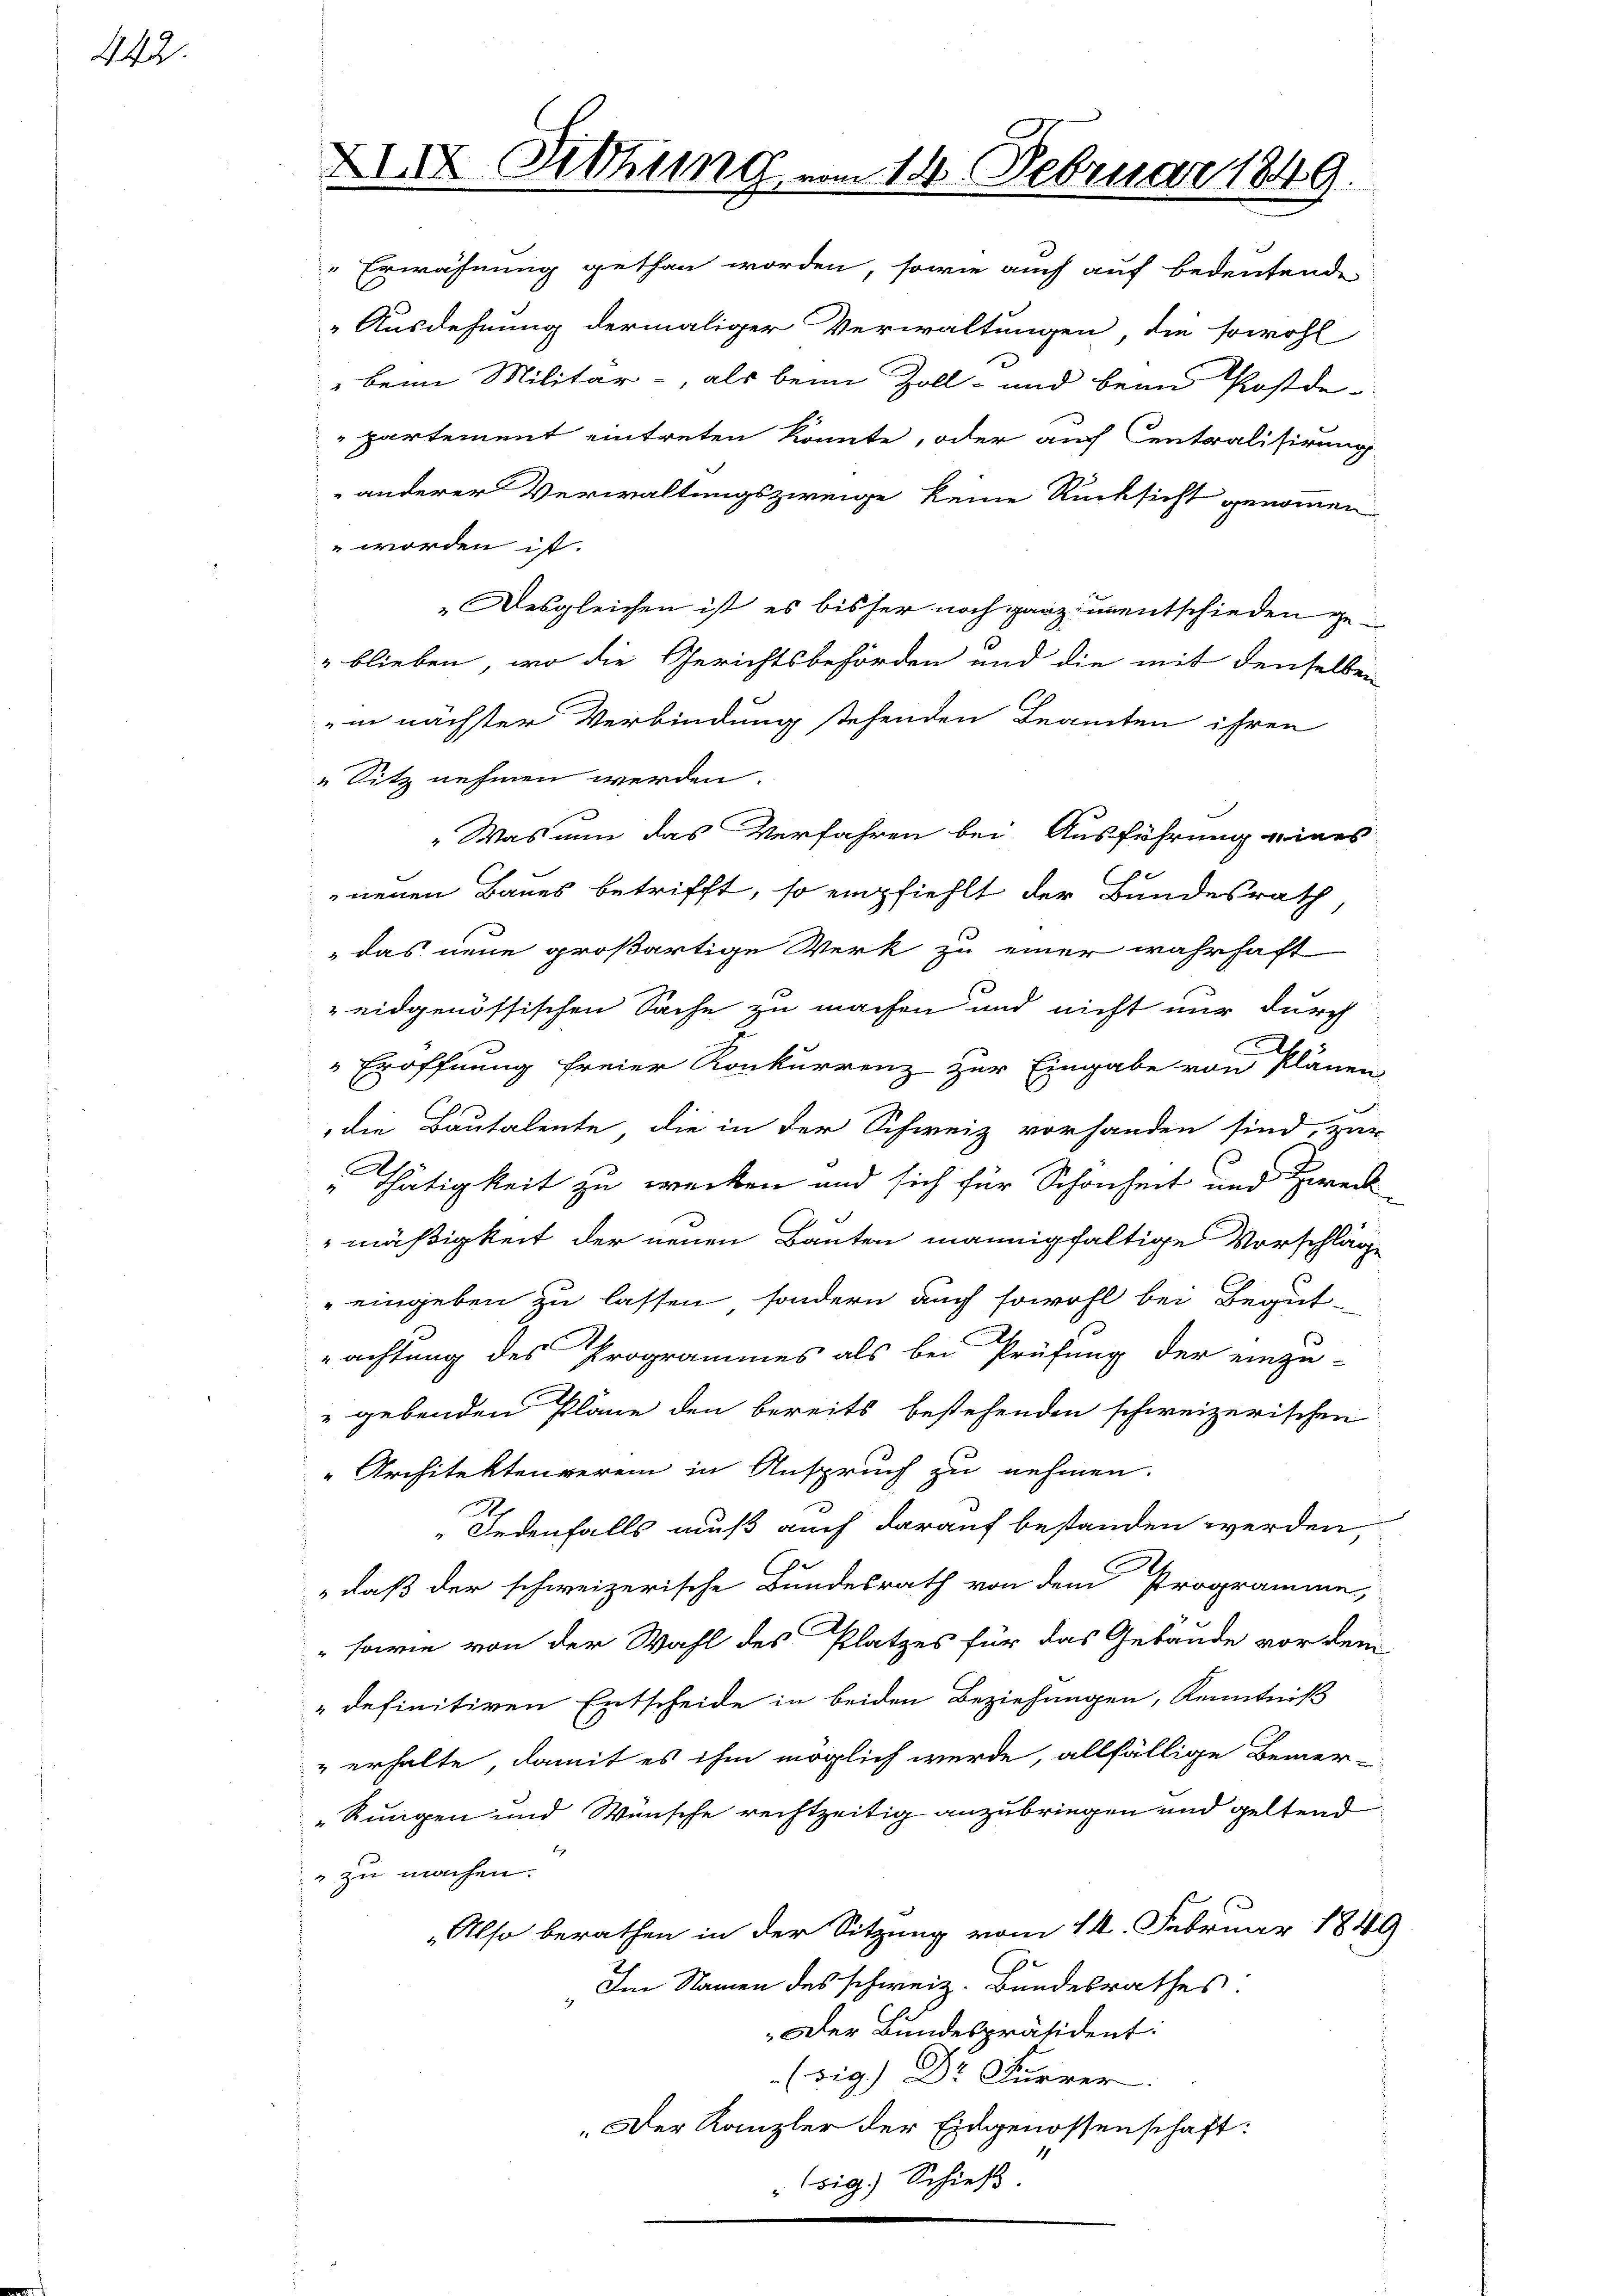
442.

XIX. Sitzung vom 14. Februar 1849.

Erwähnung gethan worden, sowie auch auf bedeutende
Ausdehnung dermaliger Verwaltungen, die sowohl
" beim Militär- als beim Zoll- und bean Postde
partement eintreten könnte, oder auf Centralisirung
anderer Verwaltungszweige keine Rücksicht genommen
" worden ist.
„Desgleichen ist, es bisher noch ganz unentschieden ge¬
6
blieben, wo die Gerichtsbehörden und die mit denselben
in nächster Verbindung stehenden Beamten ihren
„ Sitz nehmen werden.
„Was nun das Verfahren bei Ausführung eines
neuen Baues betrifft, so empfiehlt der Bundesrath
das neue großartige Werk zu einer wahrhaft
eidgenössischen Sache zu machen und nicht nur durch
c
Eröffnung freier Konkurrenz zur Eingabe von Plänen
die Bautalente die in der Schweiz vorhanden sind, zur
Thätigkeit zu wecken und sich für Schönheit und Zweck
mäßigkeit der neuen Bauten mannigfaltige Vorschläge
eingeben zu lassen, sondern auch sowohl bei Begut-
achtung des Programmes als bei Prüfung der einzu-
 gebenden Pläne den bereits bestehenden schweizerischen
" Architektenverein in Anspruch zu nehmen.
Jedenfalls muß auch darauf bestanden werden,
„daß der schweizerische Bundesrath von dem Programme,
sowie von der Wahl des Platzes für das Gebäude vor dem
"definitiven Entscheide in beiden Beziehungen, Kenntniß
" erhalte, damit es ihm möglich werde, allfällige Bemer-
Rungen und Wünsche rechtzeitig anzubringen und geltend
t
 zu machen.
„Also berathen in der Sitzung vom 14. Februar 1849
„Im Namen des schweiz. Bundesrathes
Der Bundespräsident:
(sig.) Dr Furrer
„Der Kanzler der Eingenossenschaft:
sig.) Schieß